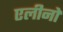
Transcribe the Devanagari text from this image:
एलीनो